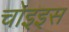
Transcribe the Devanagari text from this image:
चोइइस